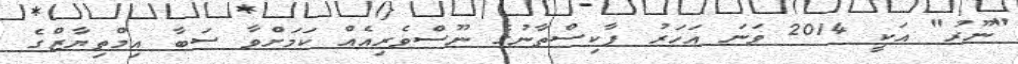
"ނޫރު" އަކީ 2014 ވަނަ އަހަރު ޕާކިސްތާނުގެ ނޫސްވެރިއެއް ކަމަށްވާ ސަބާ އިމްތިޔާޒްގެ